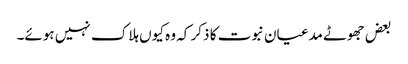
بعض جھوٹے مدعیان نبوت کا ذکر کہ وہ کیوں ہلاک نہیں ہوئے۔